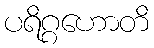
ပရိဂ္ဂဟောတိ